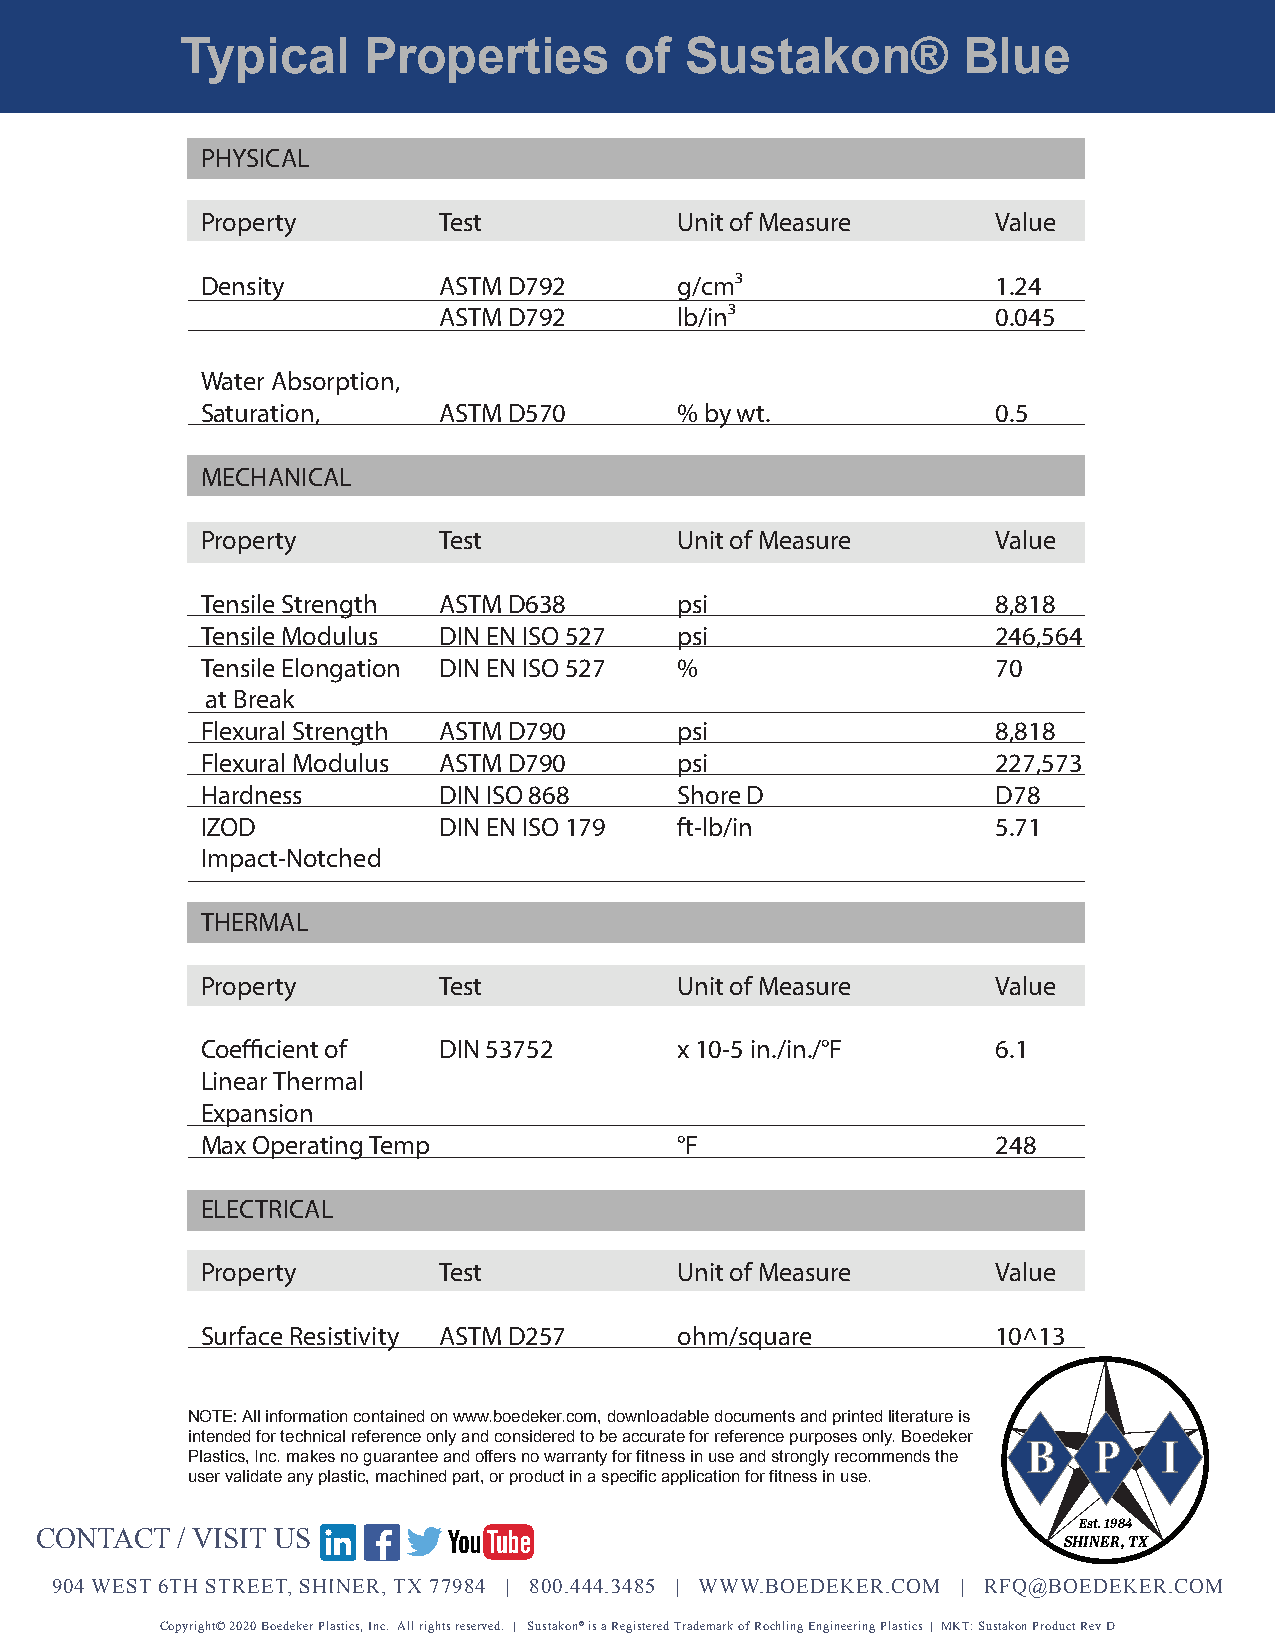
Typical     Properties       of  Sustakon®          Blue
 PHYSICAL
 Property        Test            Unit of Measure      Value
 Density         ASTM D792       g/cm³                1.24
 ASTM D792       lb/in³               0.045
 Water Absorption,
 STEEL   CHAIN               PET  CHAIN
 Saturation,     ASTM D570       % by wt.             0.5
 MECHANICAL
 Property        Test            Unit of Measure      Value
 Tensile Strength ASTM D638      psi                  8,818
 Tensile Modulus DIN EN ISO 527  psi                  246,564
 Tensile Elongation DIN EN ISO 527 %                  70
 at Break
 Flexural Strength ASTM D790     psi                  8,818
 Flexural Modulus ASTM D790      psi                  227,573
 Hardness        DIN ISO 868     Shore D              D78
 IZOD            DIN EN ISO 179  ft-lb/in             5.71
 Impact-Notched
 THERMAL
 Property        Test            Unit of Measure      Value
 Coefficient of  DIN 53752       x 10-5 in./in./°F    6.1
 Linear Thermal
 Expansion
 Max Operating Temp              °F                   248
 ELECTRICAL
 Property        Test            Unit of Measure      Value
 Surface Resistivity ASTM D257   ohm/square           10^13
 NOTE: All information contained on www.boedeker.com, downloadable documents and printed literature is
 intended for technical reference only and considered to be accurate for reference purposes only. Boedeker
 B   P    I
 Plastics, Inc. makes no guarantee and offers no warranty for fitness in use and strongly recommends the
 user validate any plastic, machined part, or product in a specific application for fitness in use.
 Est. 1984
 CONTACT   / VISIT US
 SHINER, TX
 904 WEST 6TH STREET, SHINER, TX 77984 | 800.444.3485 | WWW.BOEDEKER.COM | RFQ@BOEDEKER.COM
 Copyright© 2020 Boedeker Plastics, Inc. All rights reserved. | Sustakon® is a Registered Trademark of Röchling Engineering Plastics | MKT: Sustakon Product Rev D